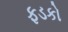
ફડકો